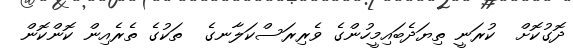
ދޮގުކޮށް  ކުރަނީ ތިޔަދެބައިމީހުންގެ ވެރިރަސްކަލާނގެ  ތަކުގެ ތެރެއިން ކޮންކޮން